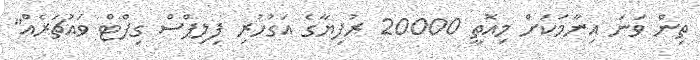
ތިން ވަނަ އިނާމަކަށް މިއޮތީ 20000 ރުފިޔާގެ އަގުހުރި ފިލިޕްސް ގިފްޓް ވައުޗަރެއް"